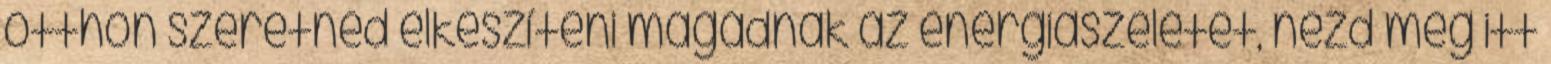
otthon szeretnéd elkészíteni magadnak az energiaszeletet, nézd meg itt